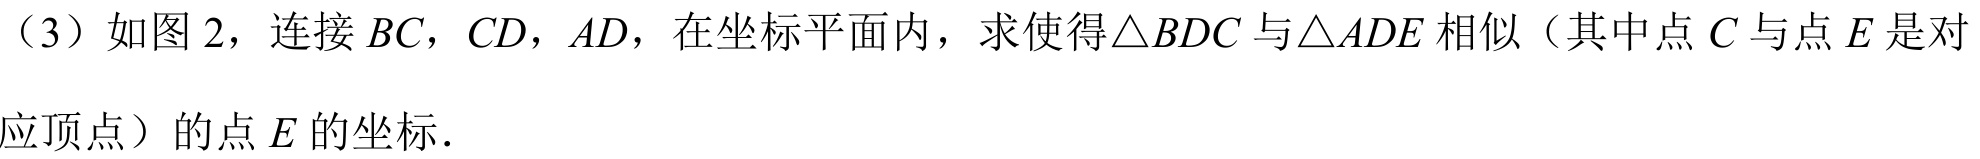
（3）如图 2，连接 \(BC\)，\(CD\)，\(AD\)，在坐标平面内，求使得\(\triangle BDC\)与\(\triangle ADE\)相似（其中点 \(C\) 与点 \(E\) 是对应顶点）的点 \(E\) 的坐标.